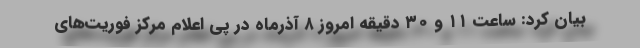
بیان کرد: ساعت ۱۱ و ۳۰ دقیقه امروز ۸ آذرماه در پی اعلام مرکز فوریت‌های